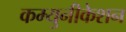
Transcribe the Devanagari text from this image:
कम्युनीकेशन